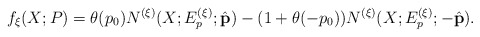
\begin{align*}f_\xi (X; P) = \theta (p_0) N^{(\xi)} (X; E_p^{(\xi)}; \hat{\bf p}) - ( 1 + \theta (- p_0)) N^{(\xi)} (X; E_p^{(\xi)}; - \hat{\bf p}) .\end{align*}